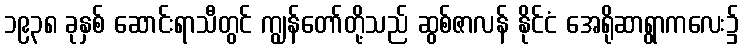
၁၉၃၈ ခုနှစ် ဆောင်းရာသီတွင် ကျွန်တော်တို့သည် ဆွစ်ဇာလန် နိုင်ငံ အေရိုဆာရွာကလေး၌